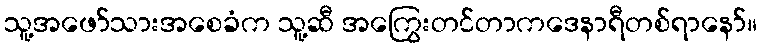
သူ့အဖော်သားအစေခံက သူ့ဆီ အကြွေးတင်တာကဒေနာရီတစ်ရာနော်။